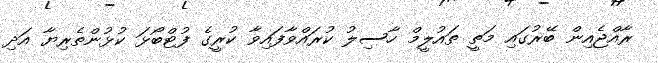
ރާއްޖެއިން ބޭރުގައި މަތީ ތައުލީމް ހާސިލު ކުރައްވާފައިވާ ކުރީގެ ފުޓްބޯޅަ ކުޅުންތެރިޔާ އަދި